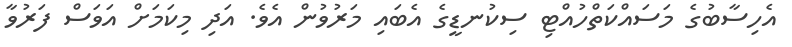
އެހިސާބުގެ މަސައްކަތްހުއްޓި ސިކުނޑީގެ އެބައި މަރުވުން އެވެ. އަދި މިކަމަށް އަވަސް ފަރުވާ